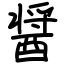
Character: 醤